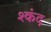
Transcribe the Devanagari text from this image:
श्कंद